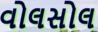
વોલસોલ